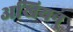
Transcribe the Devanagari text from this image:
अखियन्